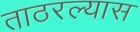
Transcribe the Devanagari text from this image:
ताठरल्यास